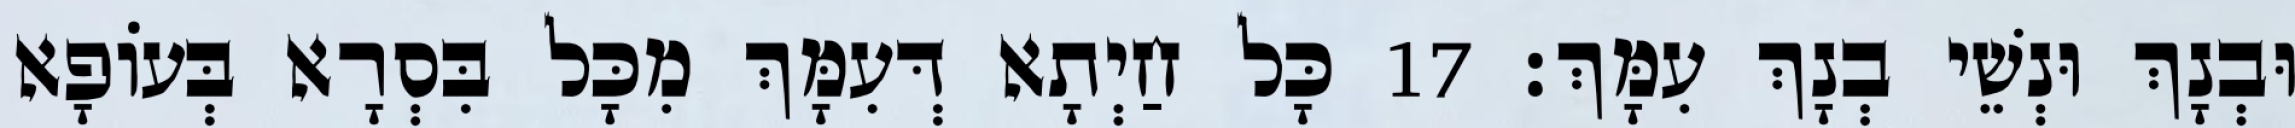
וּבְנָךְ וּנְשֵׁי בְנָךְ עִמָּךְ׃ 17 כָּל חַיְתָא דְּעִמָּךְ מִכָּל בִּסְרָא בְּעוֹפָא